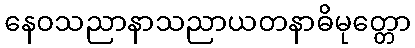
နေဝသညာနာသညာယတနာဓိမုတ္တော